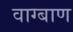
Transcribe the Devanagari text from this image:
वाग्बाण